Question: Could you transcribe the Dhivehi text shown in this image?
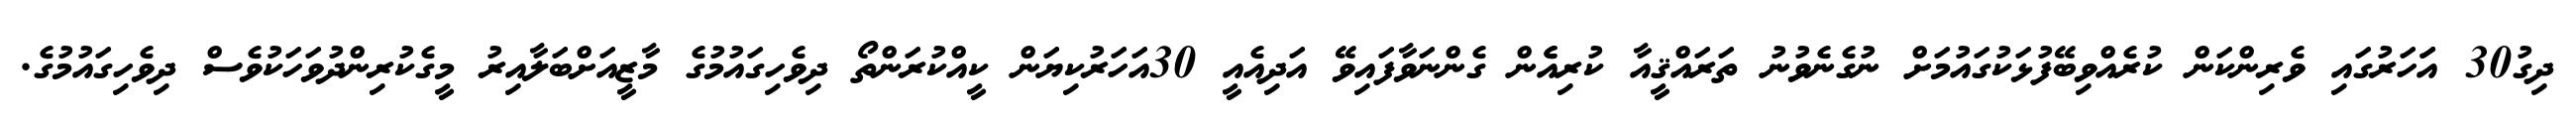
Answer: ދިގު30 އަަހަރުގައި ވެރިންކަން ކުރެއްވިބޭފުޅަކުގައުމަށް ނުގެނެވުނު ތަރައްޤީއާ ކުރިއެެން ގެންނަވާފައިވޭ އަދިއެއީ 30އަހަރުކިޔަން ކީއްކުރަންތޯ ދިވެހިގައުމުގެ މާޒީއަށްބަލާއިރު މީގެކުރިންދުވަހަކުވެސް ދިވެހިގައުމުގެ.